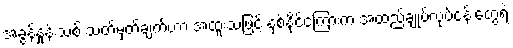
အခွန်နှုန်းသစ် သတ်မှတ်ချက်ဟာ အထူးသဖြင့် နှစ်နိုင်ငံကြားက အထည်ချုပ်လုပ်ငန်းတွေရဲ့